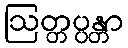
ဩတ္တပ္ပန္တာ